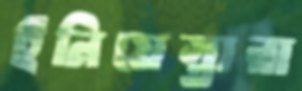
ইনিয়েস্তারা